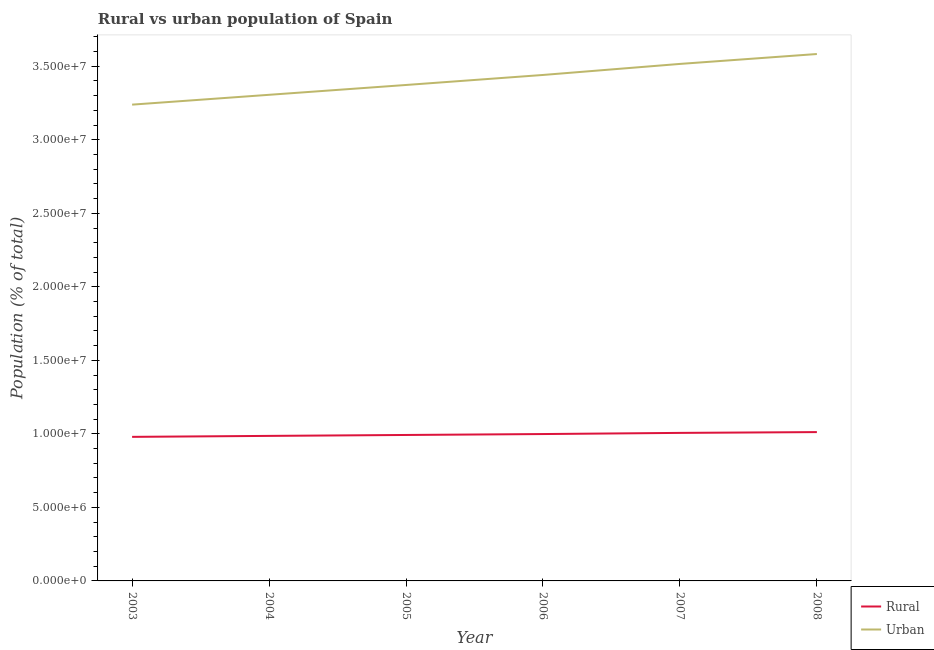
| Year | Rural | Urban |
 | --- | --- | --- |
 | 2003 | 9.8e+06 | 3.24e+07 |
 | 2004 | 9.86e+06 | 3.31e+07 |
 | 2005 | 9.93e+06 | 3.37e+07 |
 | 2006 | 9.99e+06 | 3.44e+07 |
 | 2007 | 1.01e+07 | 3.52e+07 |
 | 2008 | 1.01e+07 | 3.58e+07 |